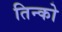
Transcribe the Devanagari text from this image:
तिन्को